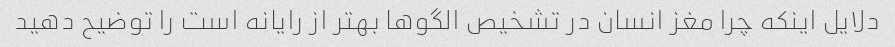
دلایل اینکه چرا مغز انسان در تشخیص الگوها بهتر از رایانه است را توضیح دهید